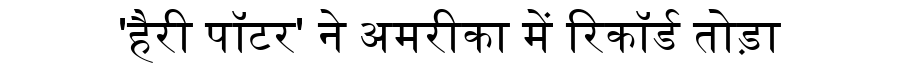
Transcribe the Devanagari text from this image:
'हैरी पॉटर' ने अमरीका में रिकॉर्ड तोड़ा